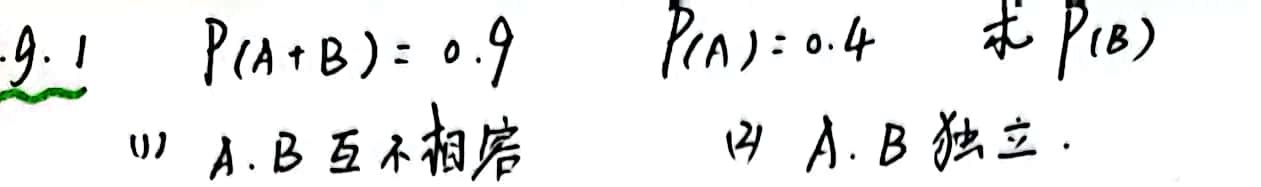
.9.1 \(P(A + B)=0.9\) \(P(A)=0.4\) 求 \(P(B)\)
(1) \(A,B\) 互不相容
(2) \(A,B\) 独立.